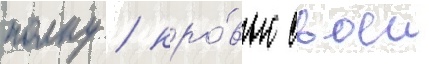
полку / кро́вью своеи